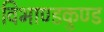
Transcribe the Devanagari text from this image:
विभाण्डकुण्ड